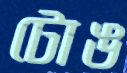
টোঙ